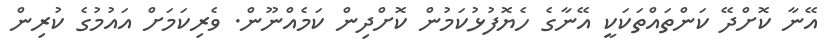
އޭނާ ކޮށްދޭ ކަންތައްތަކަކީ އޭނާގެ ހެޔޮފުޅުކަމުން ކޮށްދިން ކަމެއްނޫން. ވެރިކަމަށް އައުމުގެ ކުރިން